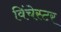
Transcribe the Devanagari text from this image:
विंचेस्‍टर